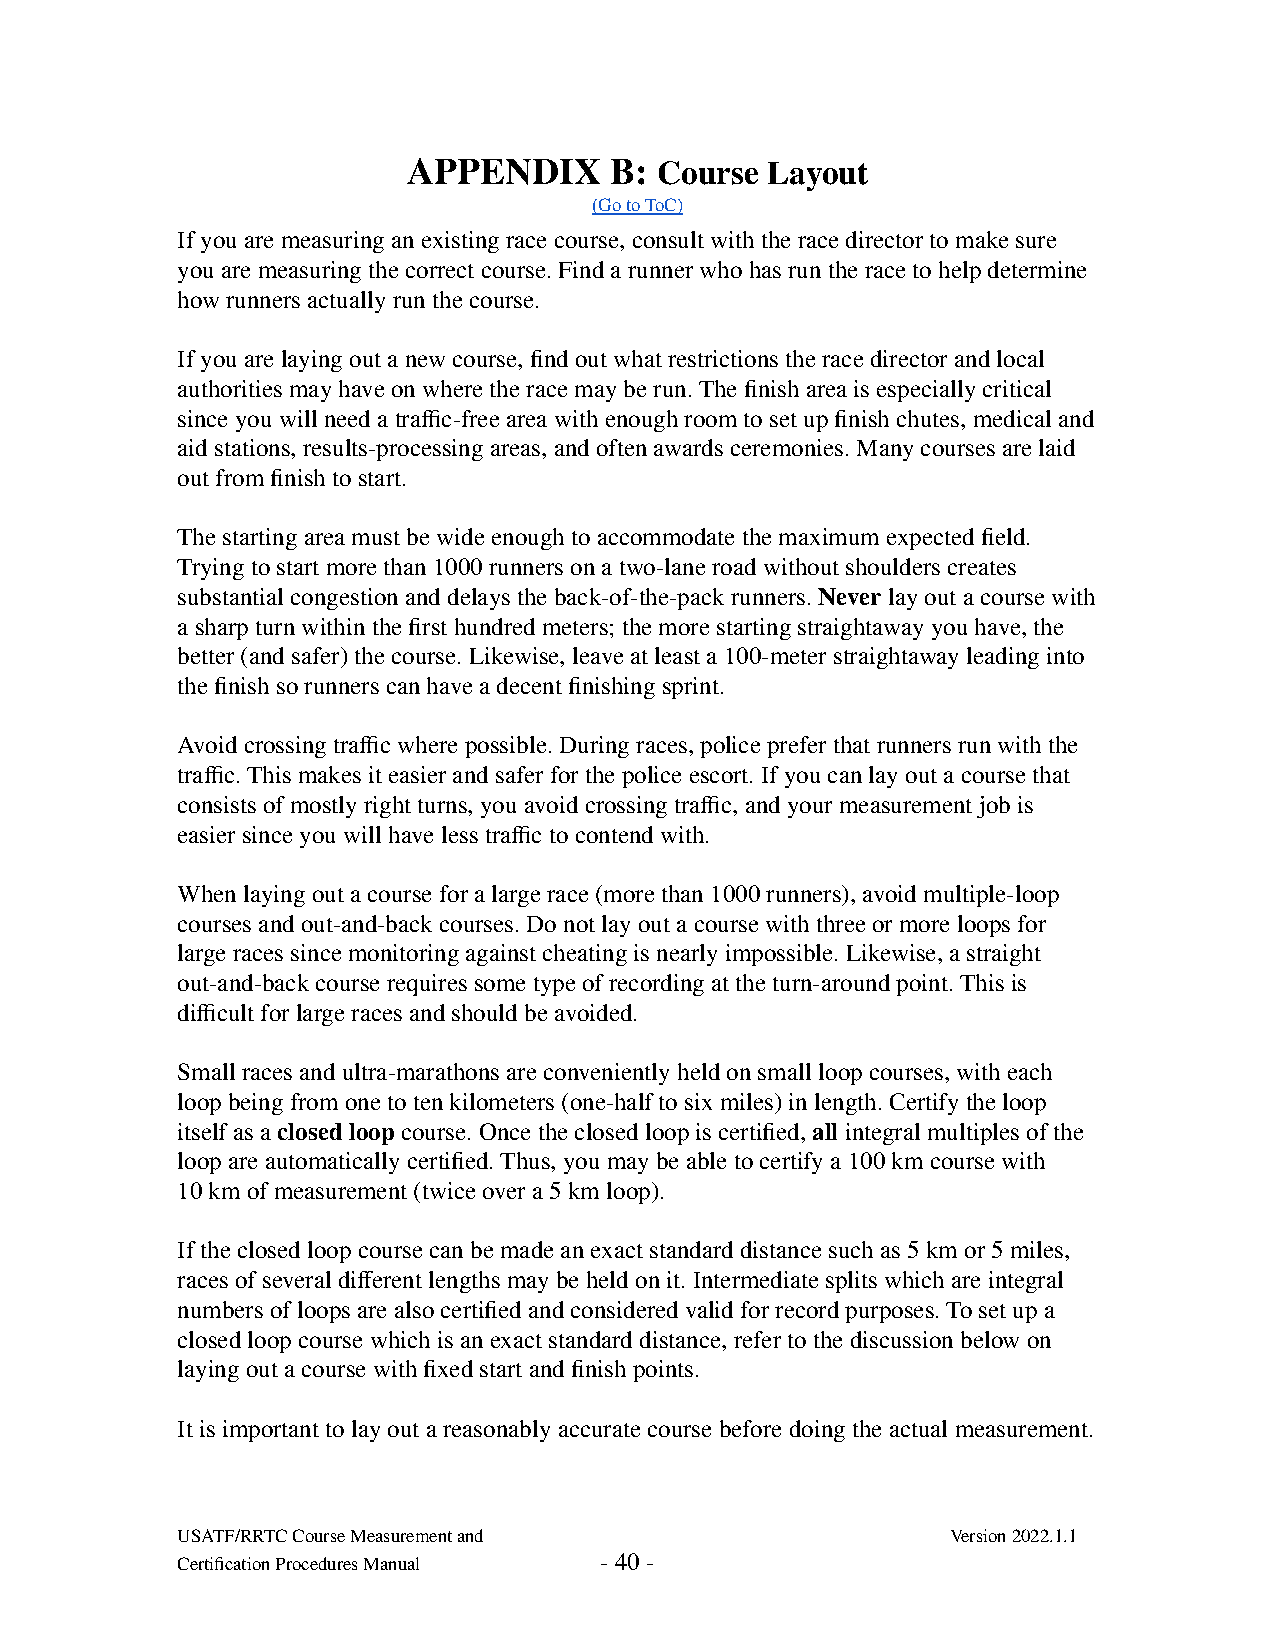
APPENDIX     B: Course  Layout
 (Go to ToC)
 If you are measuring an existing race course, consult with the race director to make sure
 you are measuring the correct course. Find a runner who has run the race to help determine
 how runners actually run the course.
 If you are laying out a new course, find out what restrictions the race director and local
 authorities may have on where the race may be run. The finish area is especially critical
 since you will need a traffic-free area with enough room to set up finish chutes, medical and
 aid stations, results-processing areas, and often awards ceremonies. Many courses are laid
 out from finish to start.
 The starting area must be wide enough to accommodate the maximum expected field.
 Trying to start more than 1000 runners on a two-lane road without shoulders creates
 substantial congestion and delays the back-of-the-pack runners. Never lay out a course with
 a sharp turn within the first hundred meters; the more starting straightaway you have, the
 better (and safer) the course. Likewise, leave at least a 100-meter straightaway leading into
 the finish so runners can have a decent finishing sprint.
 Avoid crossing traffic where possible. During races, police prefer that runners run with the
 traffic. This makes it easier and safer for the police escort. If you can lay out a course that
 consists of mostly right turns, you avoid crossing traffic, and your measurement job is
 easier since you will have less traffic to contend with.
 When laying out a course for a large race (more than 1000 runners), avoid multiple-loop
 courses and out-and-back courses. Do not lay out a course with three or more loops for
 large races since monitoring against cheating is nearly impossible. Likewise, a straight
 out-and-back course requires some type of recording at the turn-around point. This is
 difficult for large races and should be avoided.
 Small races and ultra-marathons are conveniently held on small loop courses, with each
 loop being from one to ten kilometers (one-half to six miles) in length. Certify the loop
 itself as a closed loop course. Once the closed loop is certified, all integral multiples of the
 loop are automatically certified. Thus, you may be able to certify a 100 km course with
 10 km of measurement (twice over a 5 km loop).
 If the closed loop course can be made an exact standard distance such as 5 km or 5 miles,
 races of several different lengths may be held on it. Intermediate splits which are integral
 numbers of loops are also certified and considered valid for record purposes. To set up a
 closed loop course which is an exact standard distance, refer to the discussion below on
 laying out a course with fixed start and finish points.
 It is important to lay out a reasonably accurate course before doing the actual measurement.
 USATF/RRTC Course Measurement and                  Version 2022.1.1
 Certification Procedures Manual - 40 -